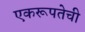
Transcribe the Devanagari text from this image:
एकरूपतेची